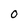
Character: O